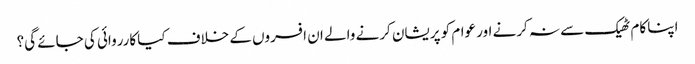
اپنا کام ٹھیک سے نہ کرنے اور عوام کو پریشان کرنے والے ان افسروں کے خلاف کیا کارروائی کی جائے گی؟